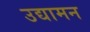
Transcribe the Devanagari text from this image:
उद्यामन